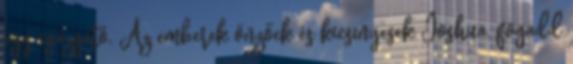
egy igazgató. Az emberek önzőek és kicsinyesek Joshua, fogadd